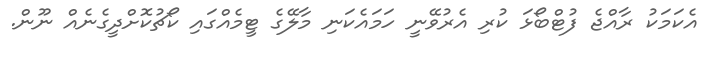
އެކަމަކު ރާއްޖެ ފުޓްބޯޅަ ކުރި އެރުވޭނީ ހަމައެކަނި މާލޭގެ ޓީމެއްގައި ކޯޗުކޮށްދީގެނެއް ނޫން.